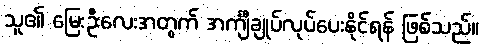
သူ၏ မြေးဦးလေးအတွက် အင်္ကျီချုပ်လုပ်ပေးနိုင်ရန် ဖြစ်သည်။